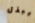
يبذل